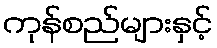
ကုန်စည်များနှင့်